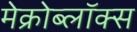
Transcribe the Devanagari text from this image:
मेक्रोब्लॉक्स